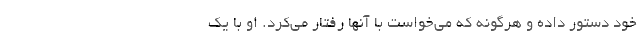
خود دستور داده و هرگونه که می‌خواست با آنها رفتار می‌کرد. او با یک